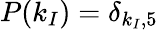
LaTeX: P(k_{I})=\delta_{k_{I},5}